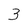
Character: 3